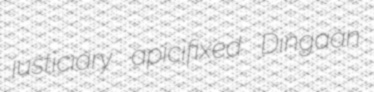
justiciary apicifixed Dingaan